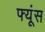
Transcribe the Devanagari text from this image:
फ्यूंस